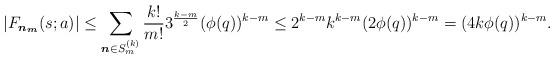
LaTeX: \begin{align*}|F_{\boldsymbol{n_m}}(s; a)|\leq \sum_{\boldsymbol{n}\in S_m^{(k)}} \frac{k!}{m!} 3^{\frac{k-m}{2}} (\phi(q))^{k-m}\leq 2^{k-m} k^{k-m} (2\phi(q))^{k-m}=(4k\phi(q))^{k-m}.\end{align*}